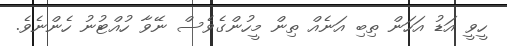
ހީވީ އަޑު އަހަން ތިބި އަނެއް ތިން މީހުންގެވެސް ނޭވާ ހުއްޓުނު ހެންނެވެ.